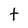
Character: t